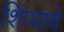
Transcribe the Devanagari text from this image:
शिंप्याचे